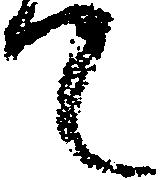
て